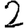
Digit: 2